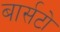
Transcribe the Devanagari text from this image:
बार्सटो